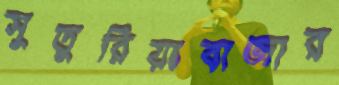
সুতুরিয়াবাজার